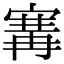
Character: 㝤